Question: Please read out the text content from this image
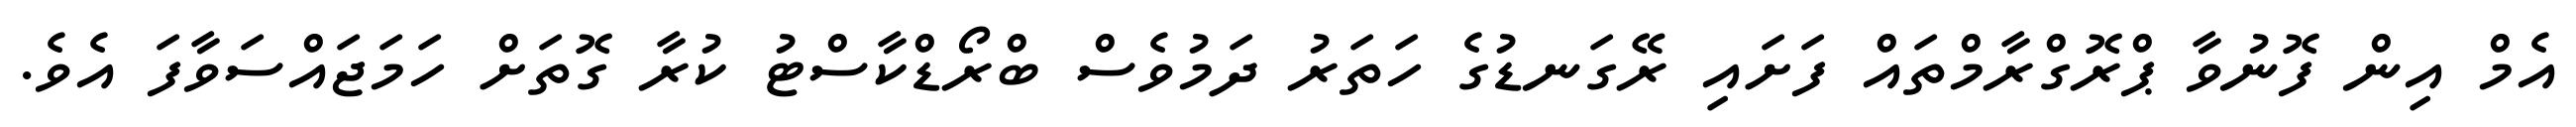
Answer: އެމް އިން ފޮނުވާ ޕްރޮގްރާމްތައް ފަށައި ރޭގަނޑުގެ ހަތަރު ދަމުވެސް ބްރޯޑްކާސްޓު ކުރާ ގޮތަށް ހަމަޖައްސަވާފަ އެވެ.